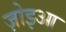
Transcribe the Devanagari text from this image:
ज़ोइआ